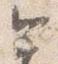
今